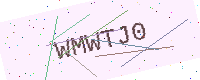
Text: WMWTJ0